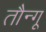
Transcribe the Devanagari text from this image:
तौन्गू